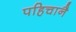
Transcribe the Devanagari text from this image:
पहिचानै